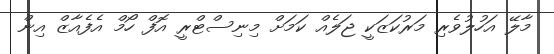
މާލޭ އަހުލުވެރި މަރުކަޒަކީ ޖަލެއް ކަމަށް މިނިސްޓްރީ އޮފް ހޯމް އެފެއާޒް އިން